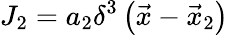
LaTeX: J_{2}=a_{2}\delta^{3}\left({\vec{x}}-{\vec{x}}_{2}\right)